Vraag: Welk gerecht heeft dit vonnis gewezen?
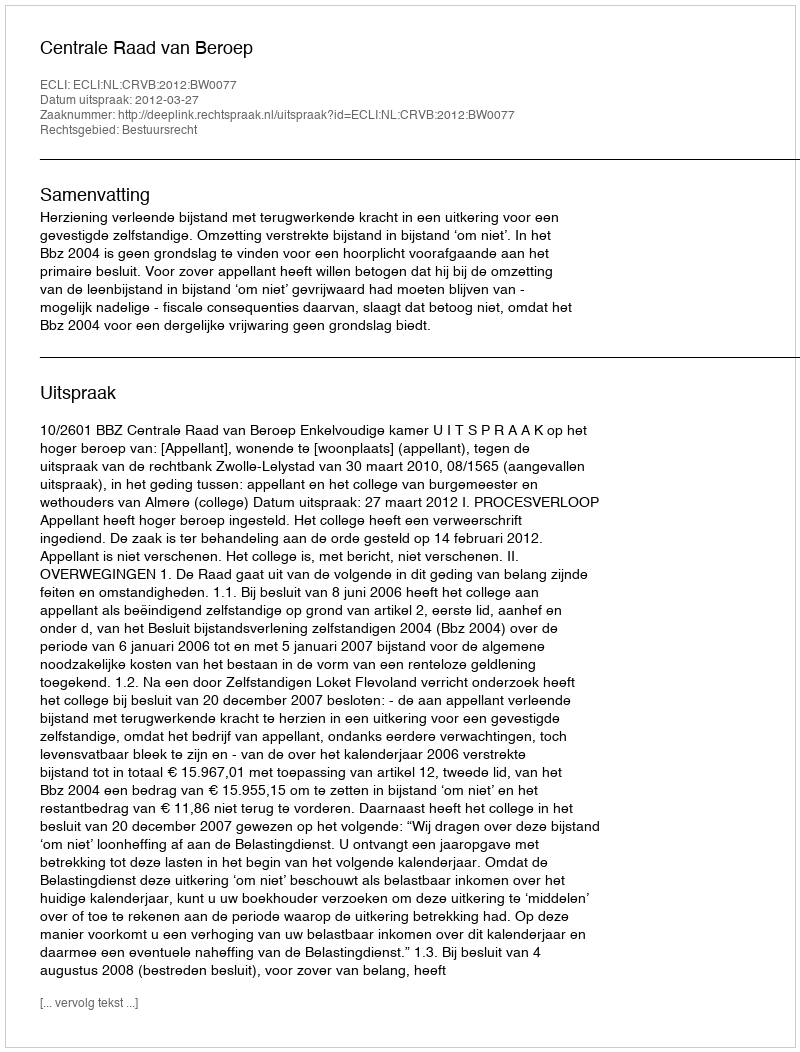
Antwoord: Centrale Raad van Beroep